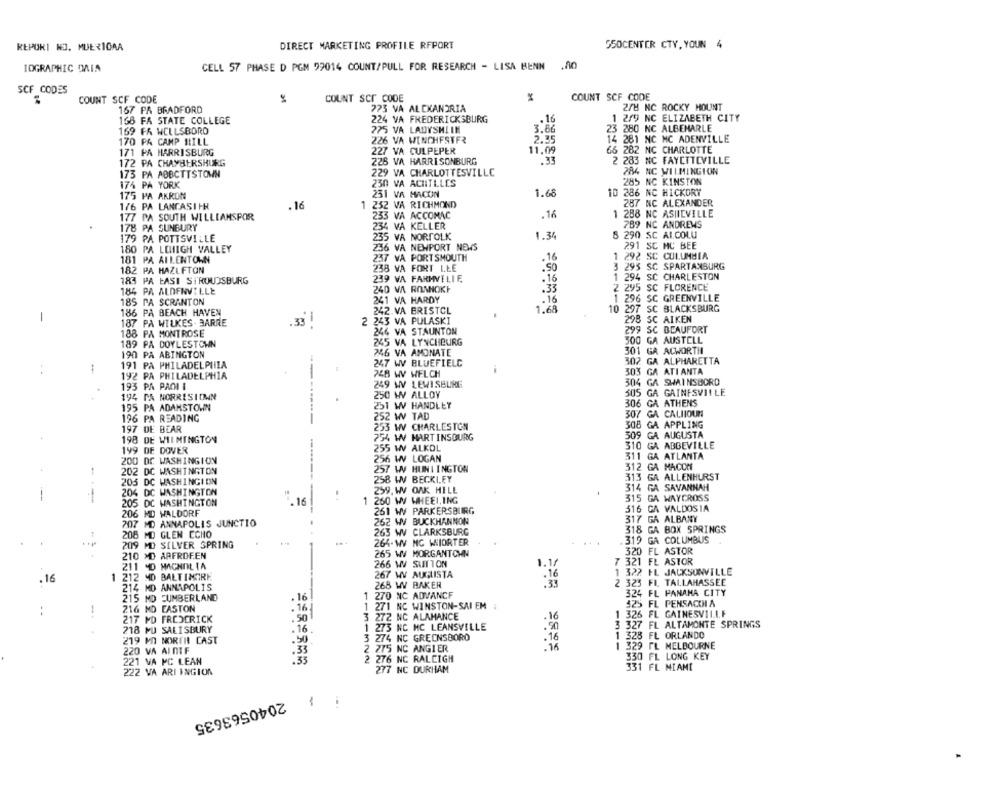
REPURI NO. MUERICAA
DIRECT MARKETING PROFILE REPORT
550CENTER CTY, YOUN 4
1OGRAPHIC ORIA
CELL 57 PHASE D PGM 99014 COUNT/PULL FOR RESEARCH - LISA BENN
.AO
SCF_CODES
COUNT SCF CODE
COUNT SCF CODE
COUNT SCT CODE
M
167 PA BRADFORD
773 VA ALEXANDRIA
278 NC ROCKY MOUNT
168 FA STATE COLLEGE
224 VA FREDERICKSBURG
.16
1 2/9 NC ELIZABETH CITY
3.86
23 280 NC ALBEMARLE
169 FR WELLSBORO
275 VA LADYSMIIN
170 PA CAMP ILILL
226 VA WINCHESTER
2.35
14 281 NC MC ADENVILLE
171 PA HARRISBURG
227 VA CULPEPER
11.09
66 282 NC CHARLOTTE
172 PA CHAMBERSHURG
226 VA HARRISONBURG
.33
2 283 NC FAYETTEVILLE
173 PA AOBCTTSTOWN
229 VA CHARLOTTESVILLE
284 NC WILMINGTON
230 VA ACHILLES
285 NC KINSTON
174 PÅ YORK
175 PA AKRON
231 VA MACON
1.68
10 286 NC HICKORY
1/6 PA LANCASI HH
16
1 232 VA RICHMOND
287 NC ALEXANDER
.16
1 288 NC ASIILVILLE
177 PA SOUTH WILLIAMSPOR
253 VA ACCOMAC
178 PA SUNBURY
234 VA KELLER
789 NC ANDREWS
179 PA POTTSVILLE
235 VA NORFOLK
1.34
8 290 SC AICOLU
291 SC MC BEE
180 PA LEHIGH VALLEY
236 VA NEWPORT NEWS
181 PA ALLENTOWN
237 VA PORTSMOUTH
.16
1 292 SC COLUMBIA
182 PA HAZLETON
238 VA FORT LEE
3 293 SC SPARTANBURG
239 VA FARMVELIF
1 294 SC CHARLESTON
183 PA LASI STROUDSBURG
.16
184 PA ALDENVILLE
240 VA ROANOKE
.33
2 295 SC FLORENCE
185 PA SCRANTON
241 VA HARDY
1 296 SC GREENVILLE
10 297 SC BLACKSBURG
186 PA BEACH HAVEN
242.VA BRISTOL
-
187 PA WILKES . BARRE
.33
-
2 243 VA PULASKI
298 SC AIKEN
188 PA MONTROSE
246 VA STAUNTON
299 SC BEAUFORT
300 GA AUSTELL
189 PA DOYLESTOWN
245 VA LYNCHBURG
190 PA ABINGTON
746 VA AMONATE
301 GA ACWORTH
191 PA PHILADELPHIA
247 WV BLUEFIELD
302 GA ALPHARETTA
. .
:
303 GA ATI ANTA
192 PA PHILADELPHIA
-
248 W WELCH
193 PA PAOI I
249 WV LEWISBURG
304 GA SWAINSBORD
194 PA NORRISTOWN
250 W ALLOY
505 GA GAINESVILLE
306 GA ATHENS
195 PA ADAMSTOWN
251 W HANDLEY
196 PA READING
252 W TAD
307 GA CALIIOUN
197 DE BEAR
253 W CHARLESTON
308 GA APPLING
309 GA AUGUSTA
198 DE WILMINGTON
754 W MARTINSOURG
199 DE DOVER
255 W ALKOL
310 GA ABBEVILLE
200 DC WASHINGION
256 W LOGAN
311 GA ATLANTA
312 GA MACOM
202 DC WASHINGTON
257 WV HUNTINGTON
313 GA ALLENHURST
205 DC WASHINGION
258 WV BECKI.EY
259. WV OAK HILL
314 GA SAVANNAH
--
204 DC WASHINGTON
315 GA WAYCROSS
205 DC WASHINGTON
.16
260 W WHEEL,ING
316 GA VALDOSTA
206 MD WALDORF
261 WV PARKERSBURG
207 MD ANNAPOLIS JUNCTIO
262 WV BUCKHANNON
317 GA ALBANY
318 GA BOX SPRINGS
208 MD GLEN ECHO
263 WV CLARKSBURG
. 319 GA COLUMBUS
.
209 MD SILVER SPRING
264- WV NC WIIORTER
265 WW MORGANTOWN
320 FL ASTOR
210 MD ARFROFEN
266 W SUTTON
7 321 FL ASTOR
211 MD MAGNOLIA
1 322 FL JACKSONVILLE
1 212 MD BALTIMORE
267 WV AUGLISTA
.16
268 WY BAKER
2 325 FI TALLAHASSEE
214 MD ANNAPOLIS
270 NC ADVANCE
324 FL PANAMA CITY
215 MD EUMBERLAND
216 MD EASTON
. 16
271 NC WINSTON-SAI EM
525 FL PENSACOLA
..
217 MD FREDERICK
3 272 NC ALAMANCE
. 16
1 326 FL GAINESVILLE
3 327 FL ALTAMONTE SPRINGS
218 MD SALISBURY
1 275 NC MC LEANSVILLE
.50
219 MI NORTH CAST
3 274 NC GREENSBORO
.16
1 328 FL ORLANDO
220 VA AINTE
2 275 NC ANGIER
16
1 329 PL MELBOURNE
2 276 NC RALEIGH
330 FL LONG KEY
221 VA MC LEAN
222 VA ARI INGION
277 NC DURHAM
331 FL MIAMI
-
2040563635